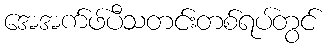
အေအက်ဖ်ပီသတင်းတစ်ရပ်တွင်